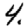
Digit: 4